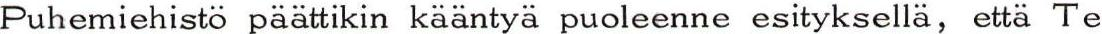
Puhemiehistö päättikin kääntyä puoleenne esityksellä, että Te